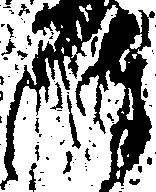
陣